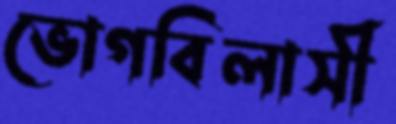
ভোগবিলাসী